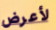
لأعرض